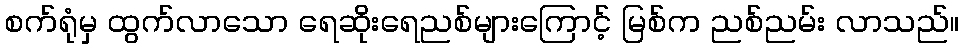
စက်ရုံမှ ထွက်လာသော ရေဆိုးရေညစ်များကြောင့် မြစ်က ညစ်ညမ်း လာသည်။